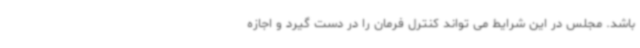
باشد. مجلس در این شرایط می تواند کنترل فرمان را در دست گیرد و اجازه